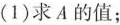
(1)求A的值；